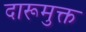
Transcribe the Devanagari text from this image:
दारूमुक्त